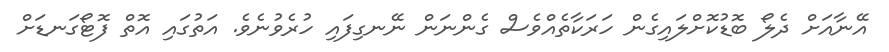
އޭނާއަށް ދެލޯ ބޮޑުކޮށްލައިގެން ހަރަކާތެއްވެސް ގެންނަން ނޭނގިފައި ހުރެވުނެވެ. އަތުގައި އޮތް ފޮޓޯގަނޑަށް